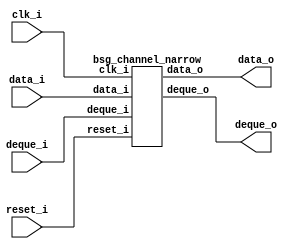


module top
(
  clk_i,
  reset_i,
  data_i,
  deque_o,
  data_o,
  deque_i
);

  input [15:0] data_i;
  output [7:0] data_o;
  input clk_i;
  input reset_i;
  input deque_i;
  output deque_o;

  bsg_channel_narrow
  wrapper
  (
    .data_i(data_i),
    .data_o(data_o),
    .clk_i(clk_i),
    .reset_i(reset_i),
    .deque_i(deque_i),
    .deque_o(deque_o)
  );


endmodule



module bsg_channel_narrow
(
  clk_i,
  reset_i,
  data_i,
  deque_o,
  data_o,
  deque_i
);

  input [15:0] data_i;
  output [7:0] data_o;
  input clk_i;
  input reset_i;
  input deque_i;
  output deque_o;
  wire [7:0] data_o;
  wire deque_o,N0,N1;
  wire [0:0] count_r,count_n;
  reg count_r_0_sv2v_reg;
  assign count_r[0] = count_r_0_sv2v_reg;
  assign data_o[7] = (N1)? data_i[7] : 
                     (N0)? data_i[15] : 1'b0;
  assign N0 = count_r[0];
  assign data_o[6] = (N1)? data_i[6] : 
                     (N0)? data_i[14] : 1'b0;
  assign data_o[5] = (N1)? data_i[5] : 
                     (N0)? data_i[13] : 1'b0;
  assign data_o[4] = (N1)? data_i[4] : 
                     (N0)? data_i[12] : 1'b0;
  assign data_o[3] = (N1)? data_i[3] : 
                     (N0)? data_i[11] : 1'b0;
  assign data_o[2] = (N1)? data_i[2] : 
                     (N0)? data_i[10] : 1'b0;
  assign data_o[1] = (N1)? data_i[1] : 
                     (N0)? data_i[9] : 1'b0;
  assign data_o[0] = (N1)? data_i[0] : 
                     (N0)? data_i[8] : 1'b0;
  assign count_n[0] = count_r[0] ^ deque_i;
  assign N1 = ~count_r[0];
  assign deque_o = deque_i & count_r[0];

  always @(posedge clk_i) begin
    if(reset_i) begin
      count_r_0_sv2v_reg <= 1'b0;
    end else if(1'b1) begin
      count_r_0_sv2v_reg <= count_n[0];
    end 
  end


endmodule